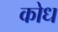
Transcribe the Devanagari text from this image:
कोध